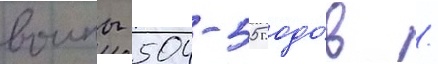
воины 504-505 годо́в /